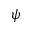
\psi